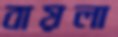
বায়লা